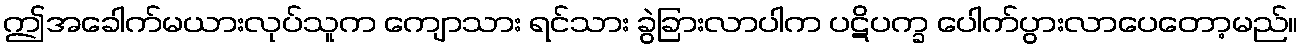
ဤအခေါက်မယားလုပ်သူက ကျောသား ရင်သား ခွဲခြားလာပါက ပဋိပက္ခ ပေါက်ပွားလာပေတော့မည်။